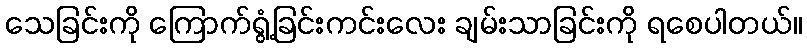
သေခြင်းကို ကြောက်ရွံ့ခြင်းကင်းလေး ချမ်းသာခြင်းကို ရစေပါတယ်။